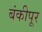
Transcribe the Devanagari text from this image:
बंकीपूर